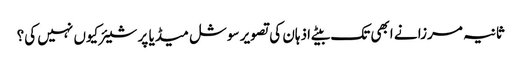
ثانیہ مرزا نے ابھی تک بیٹے اذہان کی تصویر سوشل میڈیا پر شیئر کیوں نہیں کی؟